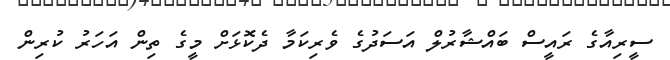
ސީރިއާގެ ރައީސް ބައްޝާރުލް އަސަދުގެ ވެރިކަމާ ދެކޮޅަށް މީގެ ތިން އަހަރު ކުރިން